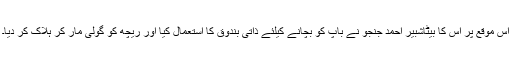
اس موقع پر اُس کا بیٹاشبیر احمد جنجو نے باپ کو بچانے کیلئے ذاتی بندوق کا استعمال کیا اور ریچھ کو گولی مار کر ہلاک کر دیا۔